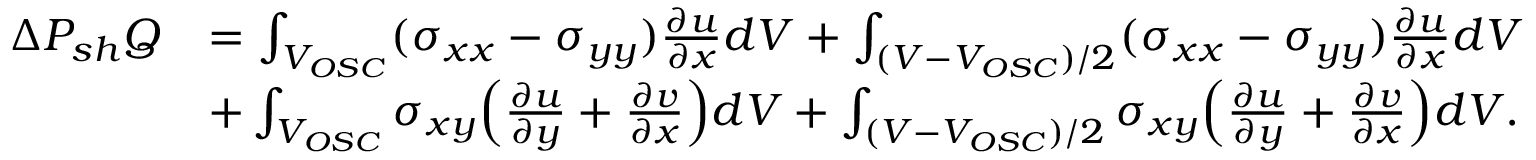
\begin{array} { r l } { \Delta P _ { s h } Q } & { = \int _ { V _ { O S C } } ( \sigma _ { x x } - \sigma _ { y y } ) \frac { \partial u } { \partial x } d V + \int _ { ( V - V _ { O S C } ) / 2 } ( \sigma _ { x x } - \sigma _ { y y } ) \frac { \partial u } { \partial x } d V } \\ & { + \int _ { V _ { O S C } } \sigma _ { x y } \Bigl ( \frac { \partial u } { \partial y } + \frac { \partial v } { \partial x } \Bigr ) d V + \int _ { ( V - V _ { O S C } ) / 2 } \sigma _ { x y } \Bigl ( \frac { \partial u } { \partial y } + \frac { \partial v } { \partial x } \Bigr ) d V . } \end{array}